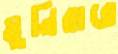
মুনিরারে